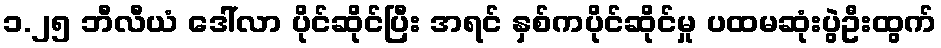
၁.၂၅ ဘီလီယံ ဒေါ်လာ ပိုင်ဆိုင်ပြီး အရင် နှစ်ကပိုင်ဆိုင်မှု ပထမဆုံးပွဲဦးထွက်